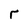
Character: r